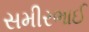
સમીરભાઈ